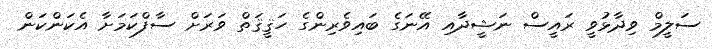
ސަލީމް ވިދާޅުވީ ރައީސް ނަޝީދާއި އޭނަގެ ބައިވެރިންގެ ހަޤީޤަތް ވަރަށް ސާފްކަމަށާ އެކަންކަން